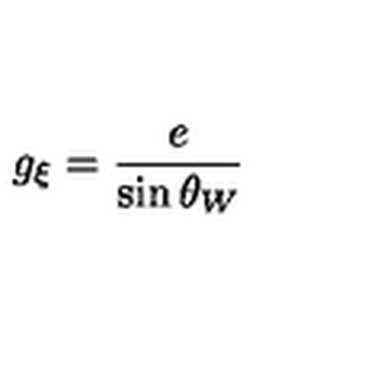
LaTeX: g _ { \xi } = { \frac { e } { \sin \theta _ { W } } }